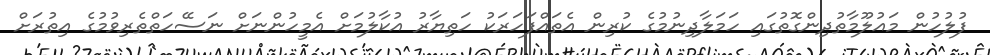
ފުލުހުން މައުލޫމާތުދިންގޮތުގައި ހަމަލާދިނުމުގެ ކުރިން އެތައްފަހަރަކު ހަތިޔާރު އުކާލުމަށް އެމީހުންނަށް ނަސޭހަތްތެރިވުމުގެ އިތުރަށް